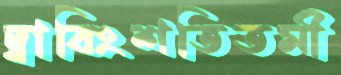
দ্বাবিংশতিতমী